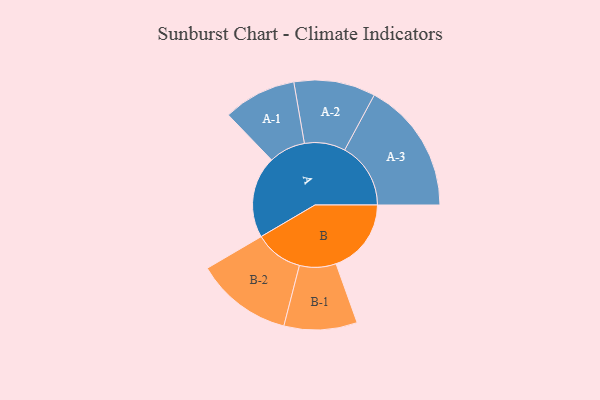
{"axis": {"x": "Segment", "y": "Value"}, "legend": ["", "A", "B"], "data": [{"x": "A", "y": 347, "type": ""}, {"x": "B", "y": 319, "type": ""}, {"x": "A-1", "y": 155, "type": "A"}, {"x": "A-2", "y": 173, "type": "A"}, {"x": "A-3", "y": 280, "type": "A"}, {"x": "B-1", "y": 155, "type": "B"}, {"x": "B-2", "y": 205, "type": "B"}]}